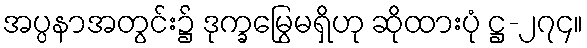
အပ္ပနာအတွင်း၌ ဒုက္ခမြွေမရှိဟု ဆိုထားပုံ ဋ္ဌ-၂၇၄။